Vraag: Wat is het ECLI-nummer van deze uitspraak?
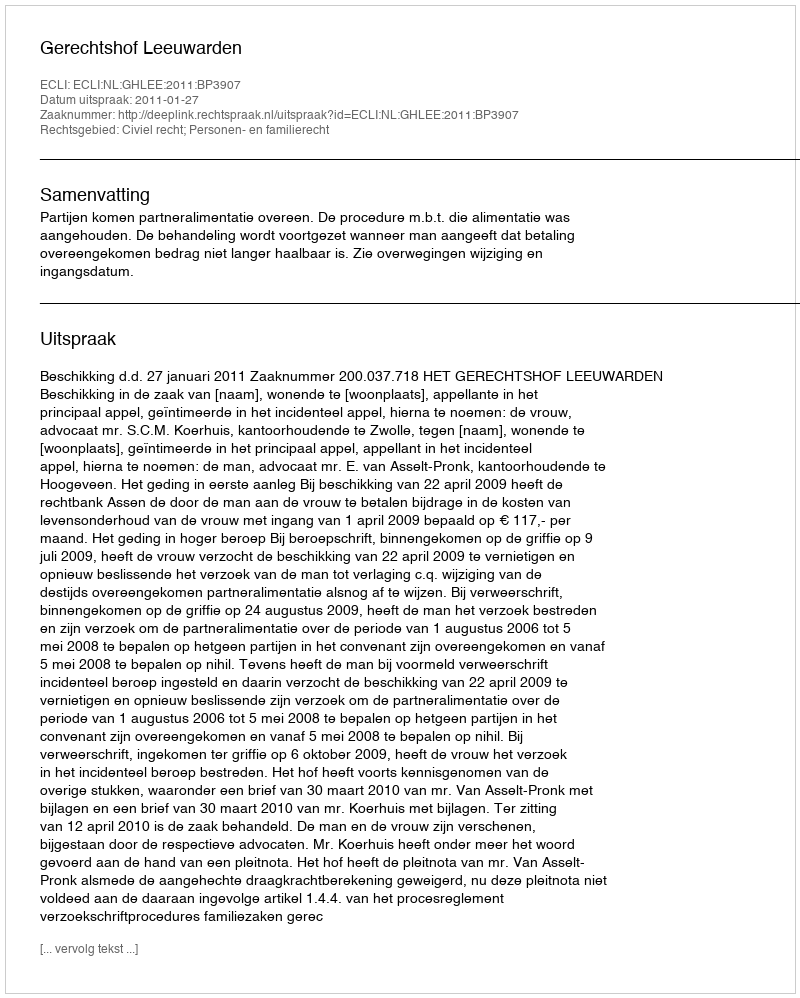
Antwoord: ECLI:NL:GHLEE:2011:BP3907